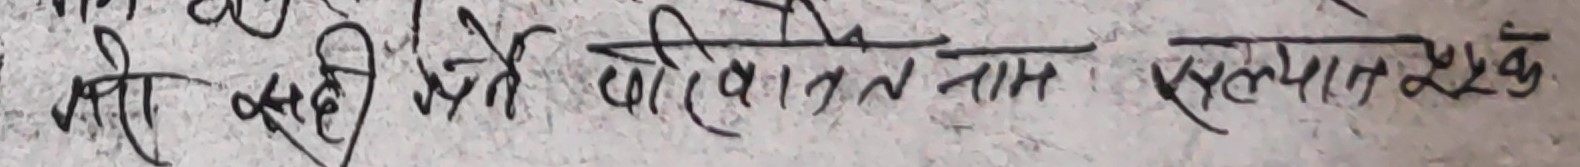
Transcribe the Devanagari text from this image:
श्री स्वेच्छिक परिवारिक नाम परिवर्तन नाम रूपक